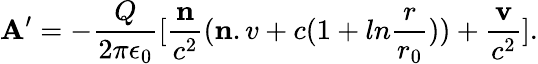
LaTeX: {\mathbf A}^{\prime}=-{\frac{Q}{2\pi\epsilon_{0}}}[{\frac{\mathbf n}{c^{2}}}({\mathbf n.v}+c(1+ln{\frac{r}{r_{0}}}))+{\frac{\mathbf v}{c^{2}}}].